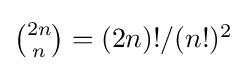
\textstyle {\binom {2n}{n}}=(2n)!/(n!)^{2}